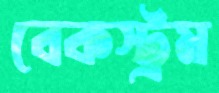
বেকস্ট্রম